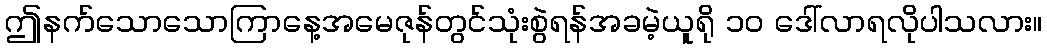
ဤနက်သောသောကြာနေ့အမေဇုန်တွင်သုံးစွဲရန်အခမဲ့ယူရို ၁၀ ဒေါ်လာရလိုပါသလား။